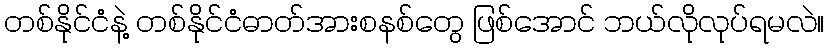
တစ်နိုင်ငံနဲ့ တစ်နိုင်ငံဓာတ်အားစနစ်တွေ ဖြစ်အောင် ဘယ်လိုလုပ်ရမလဲ။